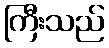
ကြီးသည်